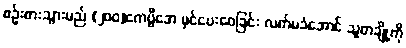
စဉ်းစားသွားမည် (၂၀၀)ကေဗွီအေ မှင်ပေးဝေခြင်း လက်မခံအောင် သူတချို့ကို